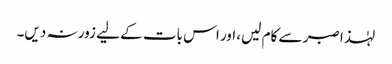
لہٰذا صبر سے کام لیں، اور اس بات کے لیے زور نہ دیں۔